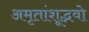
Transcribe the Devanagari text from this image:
अमृतांशूद्भवो